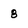
Character: 8